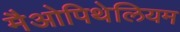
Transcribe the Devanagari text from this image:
मैओपिथेलियम